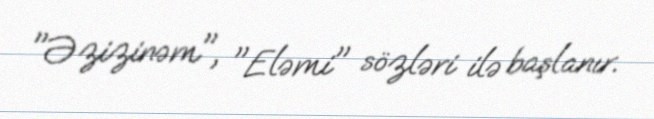
"Əzizinəm", "Eləmi" sözləri ilə başlanır.